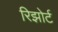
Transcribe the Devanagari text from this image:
रिझोर्ट